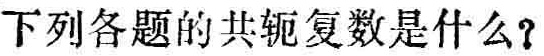
下列各题的共轭复数是什么？